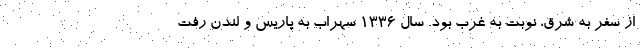
از سفر به شرق، نوبت به غرب بود. سال 1336 سهراب به پاریس و لندن رفت